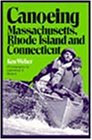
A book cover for Canoeing Massachusetts, Rhode Island, and Connecticut; Ken Weber; Travel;